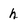
Character: h